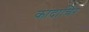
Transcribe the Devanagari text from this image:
कांदाचिर